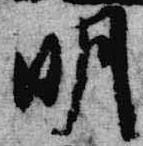
明